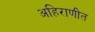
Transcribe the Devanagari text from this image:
अहिराणीत